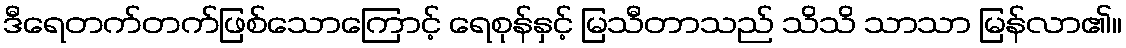
ဒီရေတက်တက်ဖြစ်သောကြောင့် ရေစုန်နှင့် မြသီတာသည် သိသိ သာသာ မြန်လာ၏။